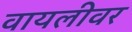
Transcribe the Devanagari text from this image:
वायलीवर